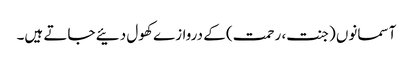
آسمانوں (جنت، رحمت) کے دروازے کھول دئیے جاتے ہیں۔